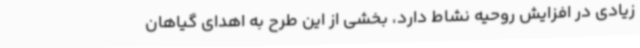
زیادی در افزایش روحیه نشاط دارد، بخشی از این طرح به اهدای گیاهان